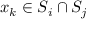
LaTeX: x _ { k } \in S _ { i } \cap S _ { j }